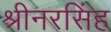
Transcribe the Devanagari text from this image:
श्रीनरसिंह